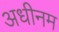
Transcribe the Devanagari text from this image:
अधीनम